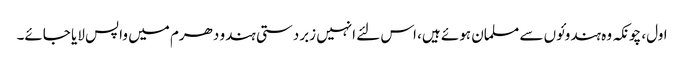
اول، چونکہ وہ ہندوئوں سے مسلمان ہوئے ہیں، اس لئے انہیں زبردستی ہندو دھرم میں واپس لایا جائے۔